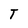
Character: T